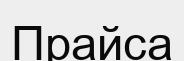
Прайса